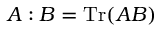
{ A : B } = \operatorname { T r } ( A B )